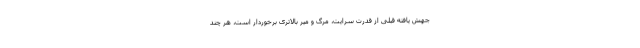
جهش یافته قبلی از قدرت سرایت، مرگ و میر بالاتری برخوردار است، هر چند